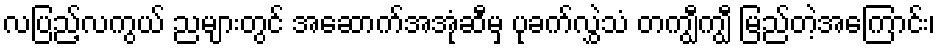
လပြည့်လကွယ် ညများတွင် အဆောက်အအုံဆီမှ ပုခက်လွှဲသံ တကျွီကျွီ မြည်တဲ့အကြောင်း၊